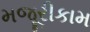
મજૂરીકામ